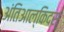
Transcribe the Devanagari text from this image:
अंतिआल्किदस्